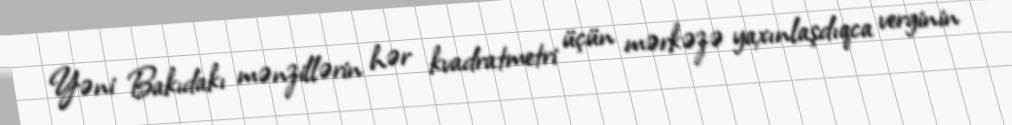
Yəni Bakıdakı mənzillərin hər kvadratmetri üçün mərkəzə yaxınlaşdıqca verginin